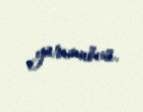
yarımnövü.